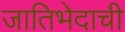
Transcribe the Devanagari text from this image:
जातिभेदाची